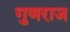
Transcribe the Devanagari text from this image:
गुणराज